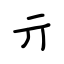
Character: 亓